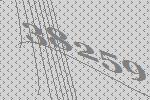
38259